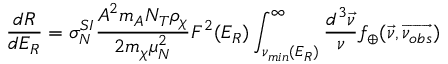
\frac { d R } { d E _ { R } } = \sigma _ { N } ^ { S I } \frac { A ^ { 2 } m _ { A } N _ { T } \rho _ { \chi } } { 2 m _ { \chi } \mu _ { N } ^ { 2 } } F ^ { 2 } ( E _ { R } ) \int _ { { \nu } _ { m i n } ( E _ { R } ) } ^ { \infty } \frac { d ^ { 3 } \overrightarrow { \nu } } { \nu } f _ { \oplus } ( \overrightarrow { \nu } , \overrightarrow { \nu _ { o b s } } )